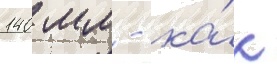
140 мм - ка́к